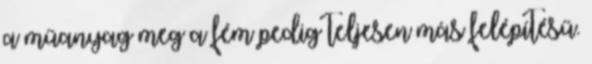
a műanyag meg a fém pedig teljesen más felépítésű.